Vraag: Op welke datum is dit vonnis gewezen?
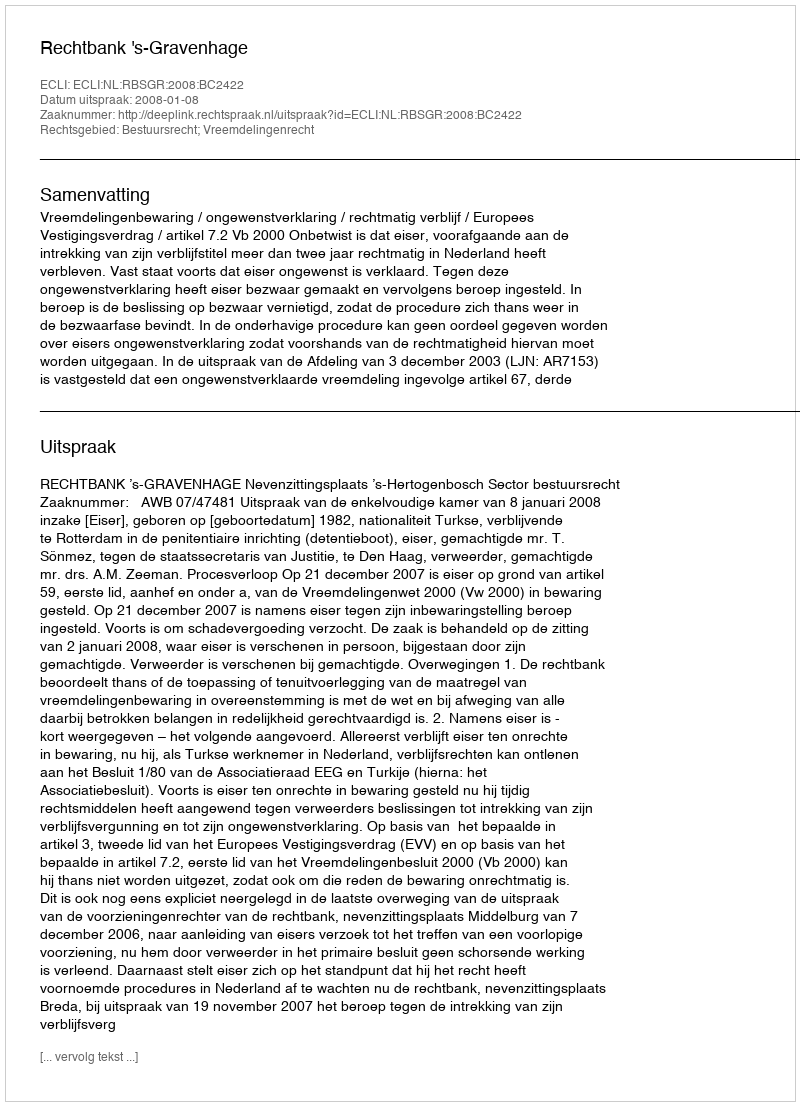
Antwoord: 2008-01-08